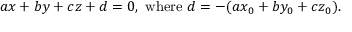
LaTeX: a x + b y + c z + d = 0 , { \mathrm { ~ w h e r e ~ } } d = - ( a x _ { 0 } + b y _ { 0 } + c z _ { 0 } ) .